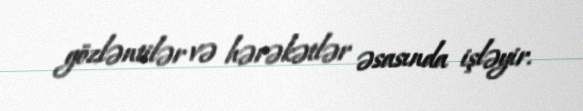
gözləntilər və hərəkətlər əsasında işləyir.